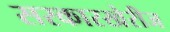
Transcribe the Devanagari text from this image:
सरकारखेरीज